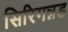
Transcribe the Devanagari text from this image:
सिरिगन्नड